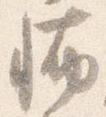
怖